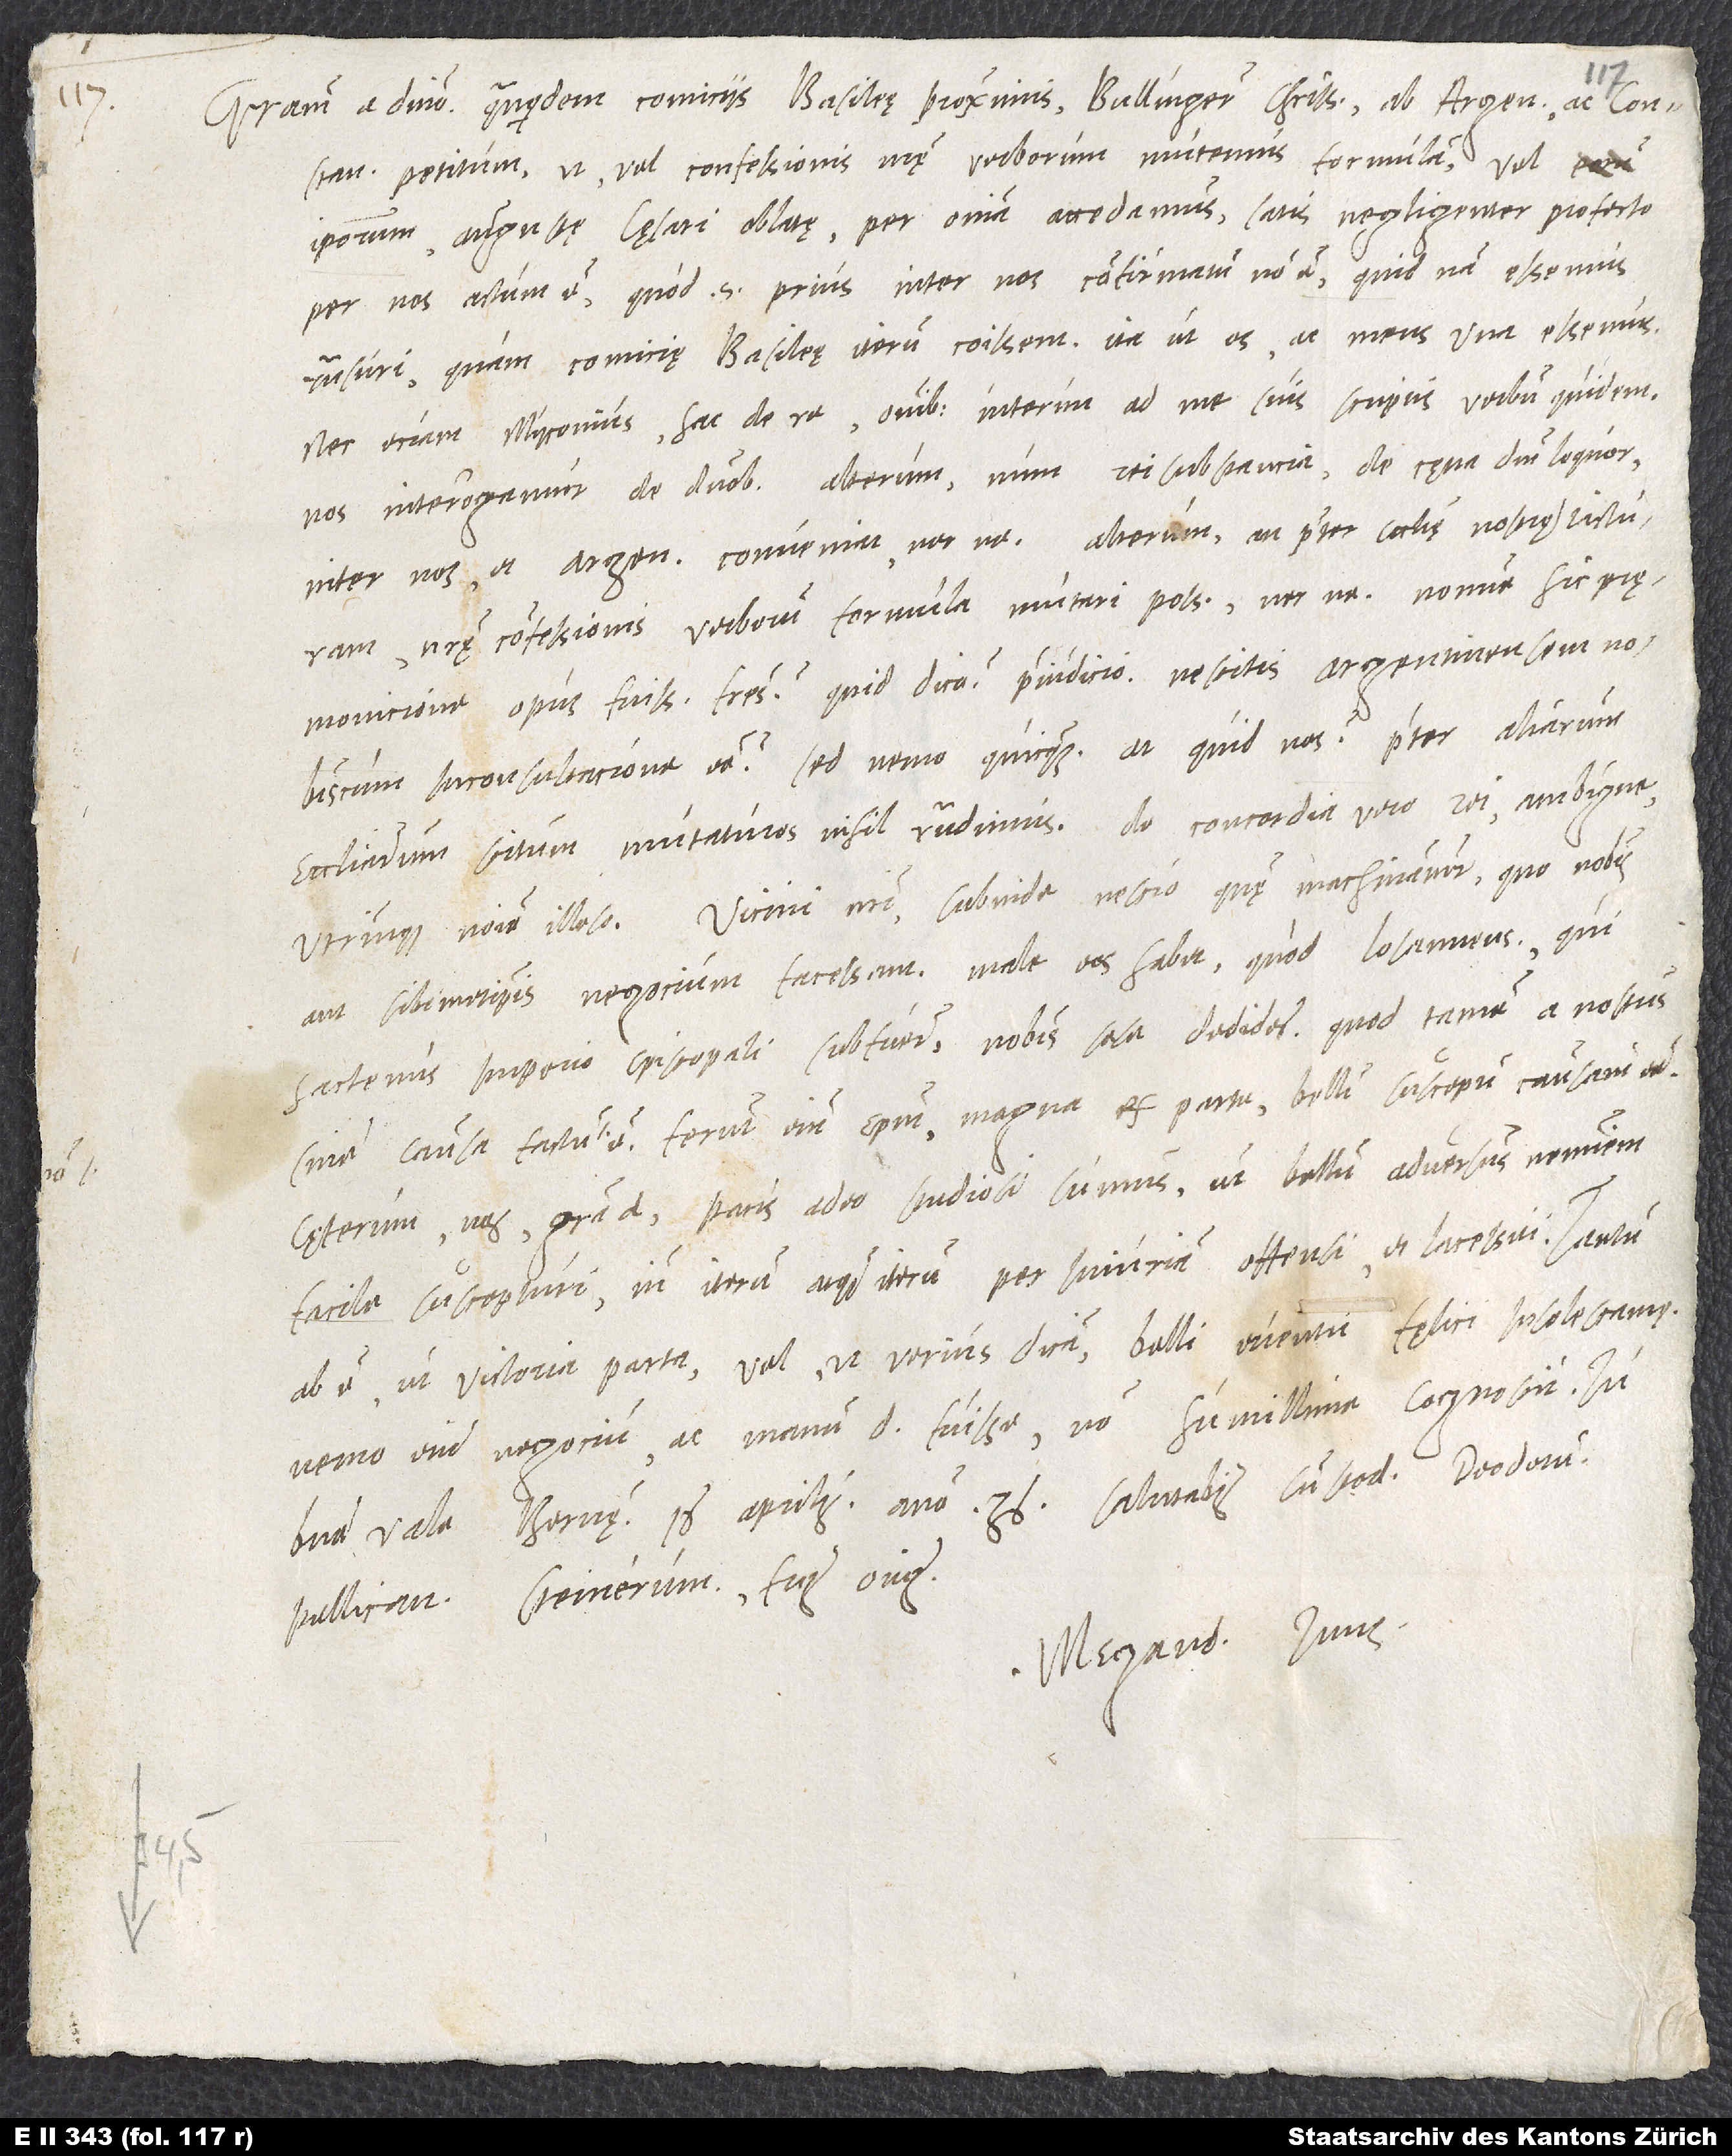
Gratiam a domino. Quandoquidem comiciis Basileę proximis, Bullingere charissime, ab Argen et Constan conveniat
nostrę confessionis verborum formula mutari possit necne. Nonne hic
pręmonicione opus fuisset, fratres? - quid dicam? praeiudicio. Nescitis Argentinensem nobiscum
in consultacione esse? Sed nemo quicquam. At quid nos? Praeter aliarum
ecclesiarum scitum mutaturos nihil respondimus, de concordia vero rei ambigue,
utrinque nomine illeso. Vicini nostri subinde nescio quę machinantur, quo nobis
aut sibimetipsis negocium facessant. Male eos habet, quod Losannens fuisse
bene vale. Bernę, 16. aprilis anno 36. Salutabis custodem, Deodorum,
Pellicanum, Steinerum, fratres omnes.
Megand. tuus.